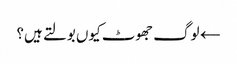
← لوگ جھوٹ کیوں بولتے ہیں؟